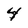
Character: 4